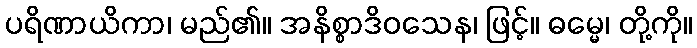
ပရိဏာယိကာ၊ မည်၏။ အနိစ္စာဒိဝသေန၊ ဖြင့်။ ဓမ္မေ၊ တို့ကို။